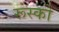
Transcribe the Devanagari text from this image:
रूस्को